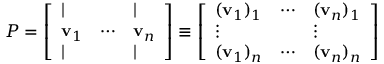
P = { \left[ \begin{array} { l l l } { | } & & { | } \\ { \mathbf { v } _ { 1 } } & { \cdots } & { \mathbf { v } _ { n } } \\ { | } & & { | } \end{array} \right] } \equiv { \left[ \begin{array} { l l l } { ( \mathbf { v } _ { 1 } ) _ { 1 } } & { \cdots } & { ( \mathbf { v } _ { n } ) _ { 1 } } \\ { \vdots } & & { \vdots } \\ { ( \mathbf { v } _ { 1 } ) _ { n } } & { \cdots } & { ( \mathbf { v } _ { n } ) _ { n } } \end{array} \right] }